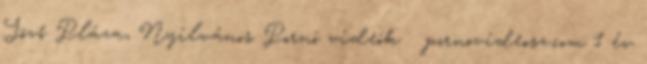
Jövő Pláza, Nyilvános Pornó videók pornovideosz.com 1 év